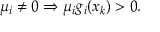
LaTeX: \mu _ { i } \neq 0 \Rightarrow \mu _ { i } g _ { i } ( x _ { k } ) > 0 .